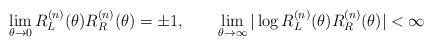
LaTeX: \begin{align*}\lim_{\theta\to 0}R^{(n)}_L(\theta)R^{(n)}_R(\theta )=\pm 1,\qquad \lim_{\theta\to\infty}\vert\log R^{(n)}_L(\theta )R^{(n)}_R(\theta )\vert <\infty\end{align*}